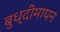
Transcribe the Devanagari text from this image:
बुध्दीमापन